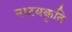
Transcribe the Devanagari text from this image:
नाटयकृति